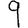
Digit: 9